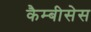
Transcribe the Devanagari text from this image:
कैम्बीसेस